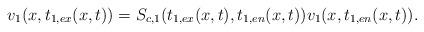
LaTeX: \begin{align*} v_1(x,t_{1,ex}(x,t)) =S_{c,1}(t_{1,ex}(x,t),t_{1,en}(x,t))v_1(x,t_{1,en}(x,t)). \end{align*}